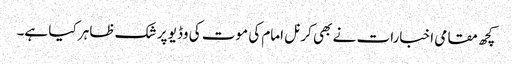
کچھ مقامی اخبارات نے بھی کرنل امام کی موت کی وڈیو پر شک ظاہر کیا ہے۔